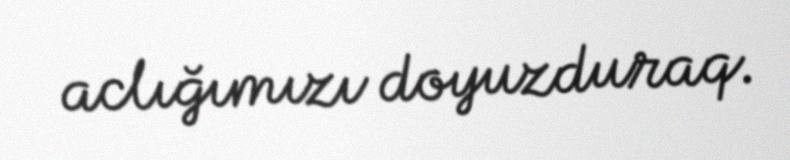
aclığımızı doyuzduraq.